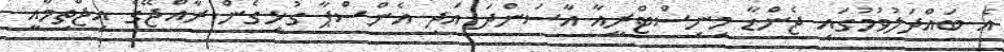
އެ ބައްދަލުވުމުގައި ޖެންޑާ މިނިސްޓްރީއާ އާސަންދަ އަދި އެންސްޕާ ގުޅިގެން ރާއްޖޭގެ އިޖްތިމާއީ